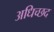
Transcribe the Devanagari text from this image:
अधिच्छद